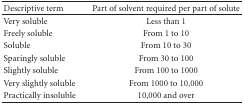
<table><thead><tr><td><b>Descriptive term</b></td><td><b>Part of solvent required per part of solute</b></td></tr></thead><tbody><tr><td>Very soluble</td><td>Less than 1</td></tr><tr><td>Freely soluble</td><td>From 1 to 10</td></tr><tr><td>Soluble</td><td>From 10 to 30</td></tr><tr><td>Sparingly soluble</td><td>From 30 to 100</td></tr><tr><td>Slightly soluble</td><td>From 100 to 1000</td></tr><tr><td>Very slightly soluble</td><td>From 1000 to 10,000</td></tr><tr><td>Practically insoluble</td><td>10,000 and over</td></tr></tbody></table>